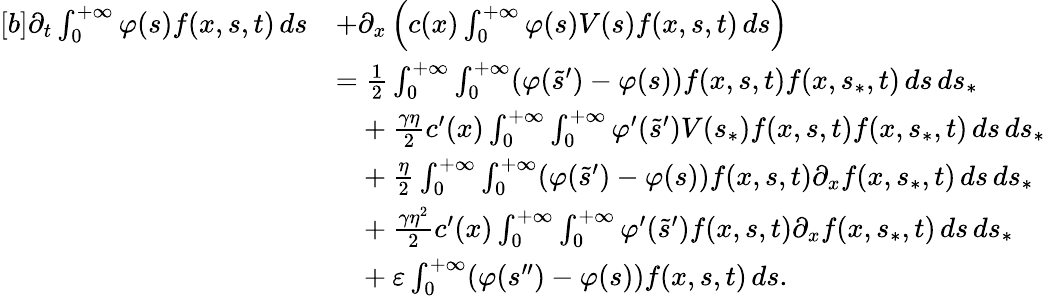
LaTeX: \begin{array}{r}{\begin{array}{rl}{[b]\partial_{t}\int_{0}^{+\infty}\varphi(s)f(x,s,t)\, ds}&{+\partial_{x}\left(c(x)\int_{0}^{+\infty}\varphi(s)V(s)f(x,s,t)\, ds\right)}\\ &{=\frac{1}{2}\int_{0}^{+\infty}\int_{0}^{+\infty}(\varphi(\tilde{s}^{\prime})-\varphi(s))f(x,s,t)f(x,s_{\ast},t)\, ds\, ds_{\ast}}\\ &{\phantom{=}+\frac{\gamma\eta}{2}c^{\prime}(x)\int_{0}^{+\infty}\int_{0}^{+\infty}\varphi^{\prime}(\tilde{s}^{\prime})V(s_{\ast})f(x,s,t)f(x,s_{\ast},t)\, ds\, ds_{\ast}}\\ &{\phantom{=}+\frac{\eta}{2}\int_{0}^{+\infty}\int_{0}^{+\infty}(\varphi(\tilde{s}^{\prime})-\varphi(s))f(x,s,t)\partial_{x}f(x,s_{\ast},t)\, ds\, ds_{\ast}}\\ &{\phantom{=}+\frac{\gamma\eta^{2}}{2}c^{\prime}(x)\int_{0}^{+\infty}\int_{0}^{+\infty}\varphi^{\prime}(\tilde{s}^{\prime})f(x,s,t)\partial_{x}f(x,s_{\ast},t)\, ds\, ds_{\ast}}\\ &{\phantom{=}+\varepsilon\int_{0}^{+\infty}(\varphi(s^{\prime\prime})-\varphi(s))f(x,s,t)\, ds.}\end{array}}\end{array}